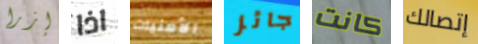
إزرا اذا الأمنيات جائز كانت إتصالك